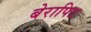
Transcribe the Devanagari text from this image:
बेरापिट